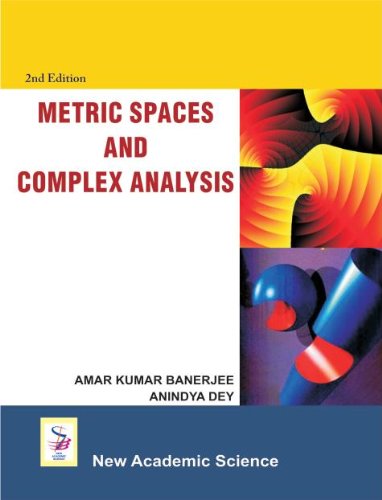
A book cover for Metric Spaces and Complex Analysis; Amar Kumar Banerjee; Science & Math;